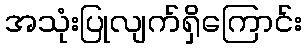
အသုံးပြုလျက်ရှိကြောင်း